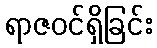
ရာဇဝင်ရှိခြင်း